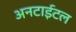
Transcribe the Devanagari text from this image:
अनटाईटल